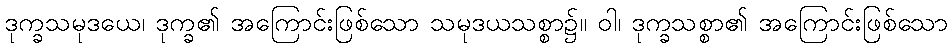
ဒုက္ခသမုဒယေ၊ ဒုက္ခ၏ အကြောင်းဖြစ်သော သမုဒယသစ္စာ၌။ ဝါ၊ ဒုက္ခသစ္စာ၏ အကြောင်းဖြစ်သော